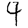
Digit: 4